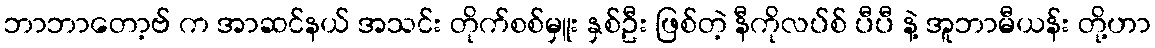
ဘာဘာတော့ဗ် က အာဆင်နယ် အသင်း တိုက်စစ်မှူး နှစ်ဦး ဖြစ်တဲ့ နီကိုလပ်စ် ပီပီ နဲ့ အူဘာမီယန်း တို့ဟာ